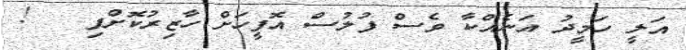
އަލީ ހަމީދު އަނެއްކާ ވެސް ފުލުސް އޮފީހަށް ހާޒިރުކޮށްފި   !